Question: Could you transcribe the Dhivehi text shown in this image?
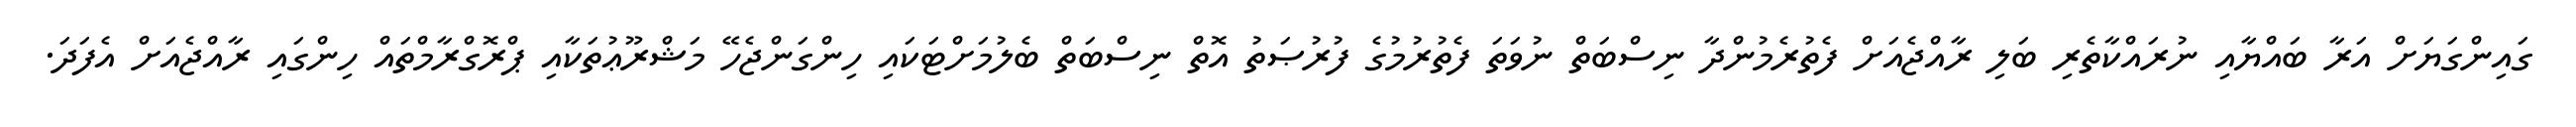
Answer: ގައިންގަޔަށް އަރާ ބައްޔާއި ނުރައްކާތެރި ބަލި ރާއްޖެއަށް ފެތުރެމުންދާ ނިސްބަތް ނުވަތަ ފެތުރުމުގެ ފުރުޞަތު އޮތް ނިސްބަތް ބެލުމަށްޓަކައި ހިންގަންޖެހޭ މަޝްރޫޢުތަކާއި ޕްރޮގްރާމްތައް ހިންގައި ރާއްޖެއަށް އެފަދަ.